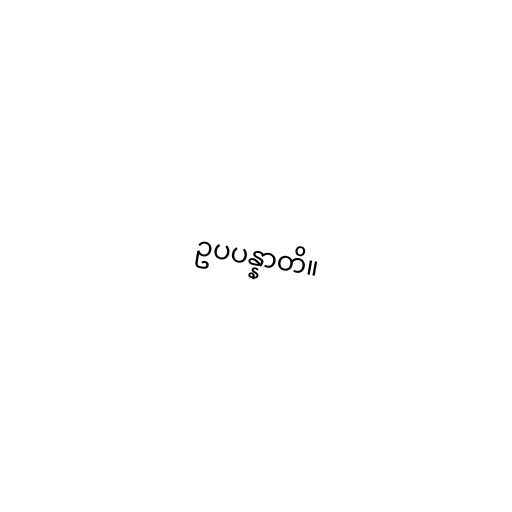
ဥပပန္နာတိ။